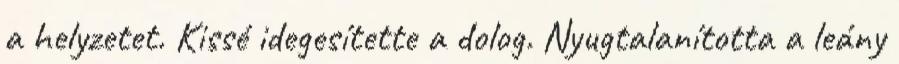
a helyzetet. Kissé idegesítette a dolog. Nyugtalanította a leány